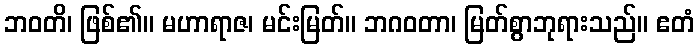
ဘဝတိ၊ ဖြစ်၏။ မဟာရာဇ၊ မင်းမြတ်။ ဘဂဝတာ၊ မြတ်စွာဘုရားသည်။ ဧတံ